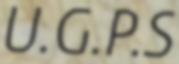
U.G.P.S